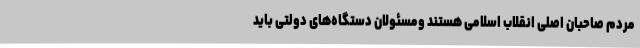
مردم صاحبان اصلی انقلاب اسلامی هستند ومسئولان دستگاه‌های دولتی باید